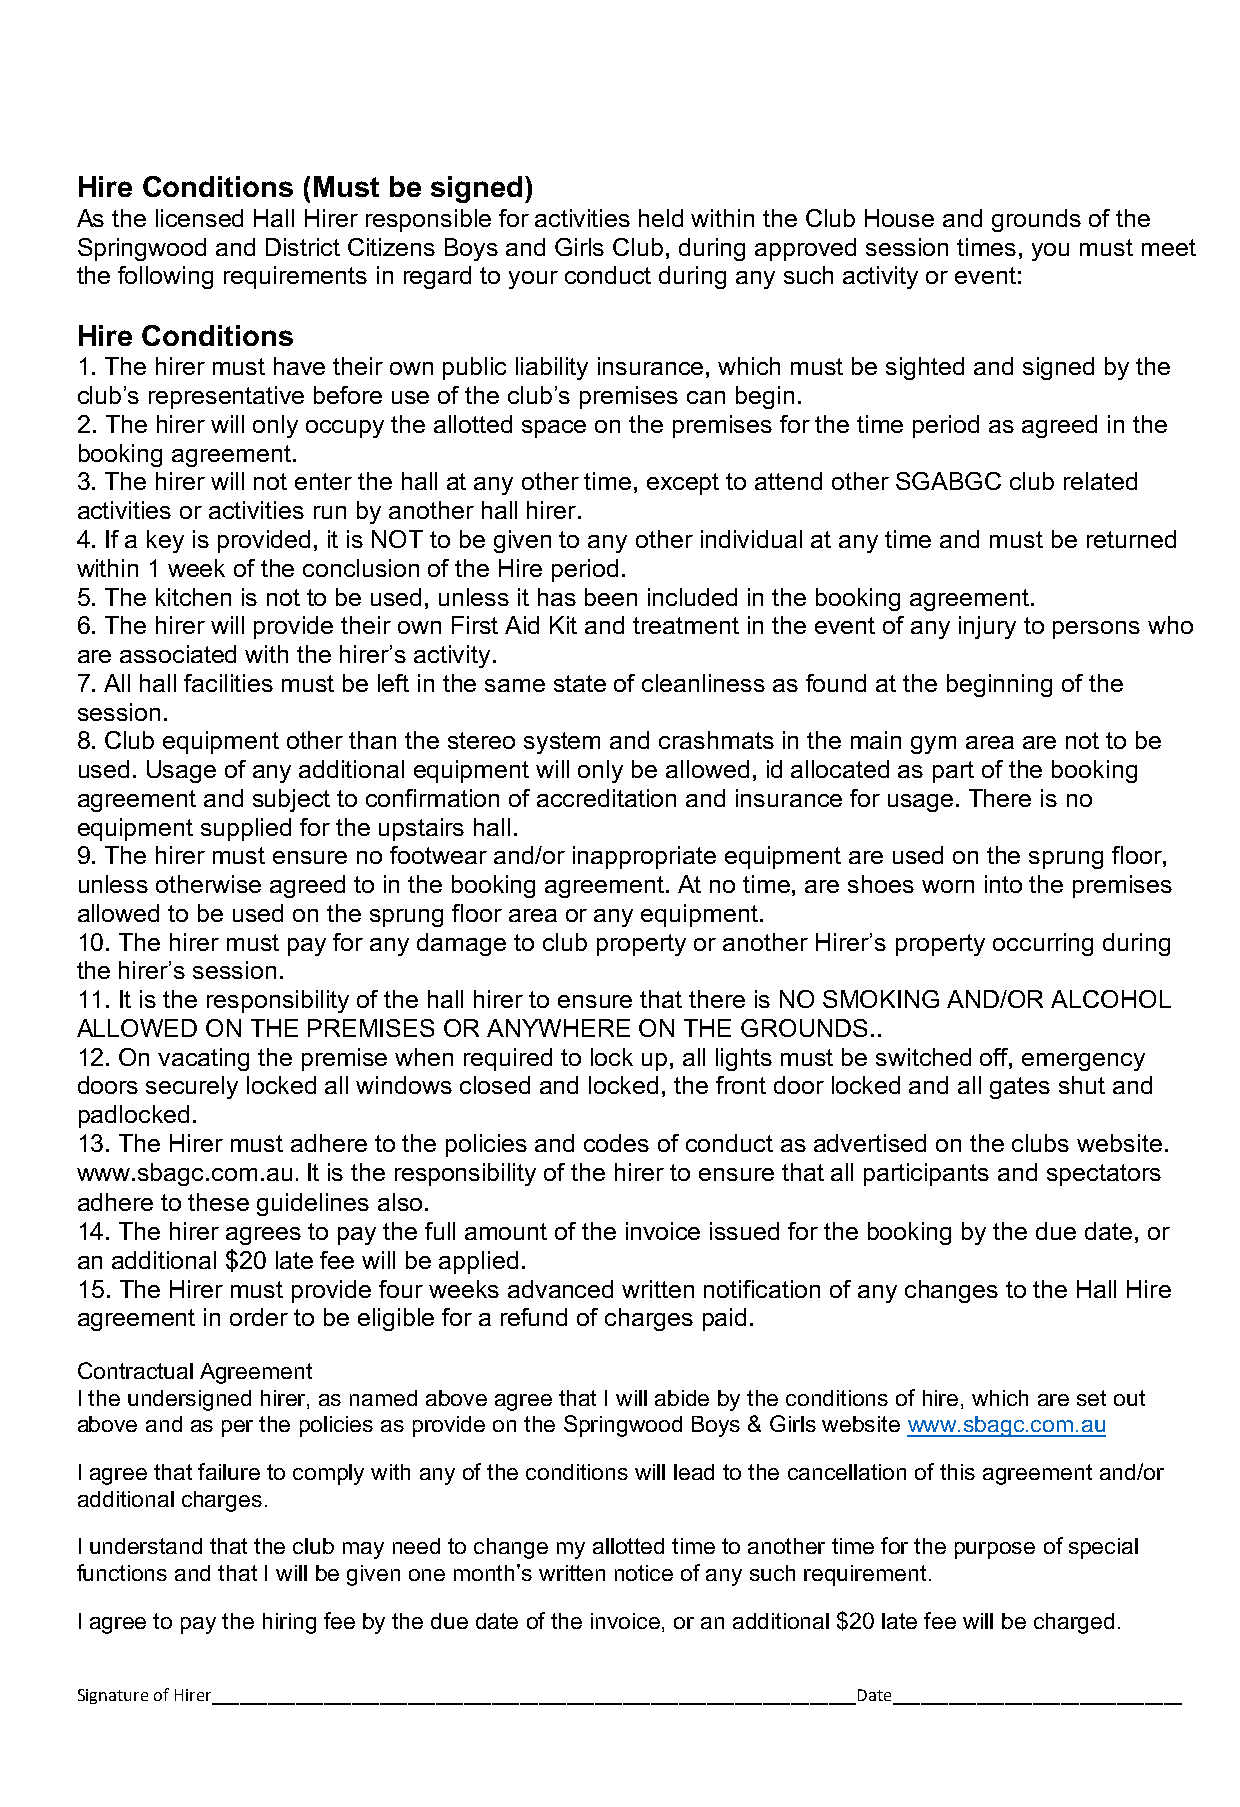
Hire Conditions (Must be signed)
 As the licensed Hall Hirer responsible for activities held within the Club House and grounds of the
 Springwood and District Citizens Boys and Girls Club, during approved session times, you must meet
 the following requirements in regard to your conduct during any such activity or event:
 Hire Conditions
 1. The hirer must have their own public liability insurance, which must be sighted and signed by the
 club’s representative before use of the club’s premises can begin.
 2. The hirer will only occupy the allotted space on the premises for the time period as agreed in the
 booking agreement.
 3. The hirer will not enter the hall at any other time, except to attend other SGABGC club related
 activities or activities run by another hall hirer.
 4. If a key is provided, it is NOT to be given to any other individual at any time and must be returned
 within 1 week of the conclusion of the Hire period.
 5. The kitchen is not to be used, unless it has been included in the booking agreement.
 6. The hirer will provide their own First Aid Kit and treatment in the event of any injury to persons who
 are associated with the hirer’s activity.
 7. All hall facilities must be left in the same state of cleanliness as found at the beginning of the
 session.
 8. Club equipment other than the stereo system and crashmats in the main gym area are not to be
 used. Usage of any additional equipment will only be allowed, id allocated as part of the booking
 agreement and subject to confirmation of accreditation and insurance for usage. There is no
 equipment supplied for the upstairs hall.
 9. The hirer must ensure no footwear and/or inappropriate equipment are used on the sprung floor,
 unless otherwise agreed to in the booking agreement. At no time, are shoes worn into the premises
 allowed to be used on the sprung floor area or any equipment.
 10. The hirer must pay for any damage to club property or another Hirer’s property occurring during
 the hirer’s session.
 11. It is the responsibility of the hall hirer to ensure that there is NO SMOKING AND/OR ALCOHOL
 ALLOWED  ON THE PREMISES OR ANYWHERE ON THE GROUNDS..
 12. On vacating the premise when required to lock up, all lights must be switched off, emergency
 doors securely locked all windows closed and locked, the front door locked and all gates shut and
 padlocked.
 13. The Hirer must adhere to the policies and codes of conduct as advertised on the clubs website.
 www.sbagc.com.au. It is the responsibility of the hirer to ensure that all participants and spectators
 adhere to these guidelines also.
 14. The hirer agrees to pay the full amount of the invoice issued for the booking by the due date, or
 an additional $20 late fee will be applied.
 15. The Hirer must provide four weeks advanced written notification of any changes to the Hall Hire
 agreement in order to be eligible for a refund of charges paid.
 Contractual Agreement
 I the undersigned hirer, as named above agree that I will abide by the conditions of hire, which are set out
 above and as per the policies as provide on the Springwood Boys & Girls website www.sbagc.com.au
 I agree that failure to comply with any of the conditions will lead to the cancellation of this agreement and/or
 additional charges.
 I understand that the club may need to change my allotted time to another time for the purpose of special
 functions and that I will be given one month’s written notice of any such requirement.
 I agree to pay the hiring fee by the due date of the invoice, or an additional $20 late fee will be charged.
 Signature of Hirer_____________________________________________________________________Date_______________________________